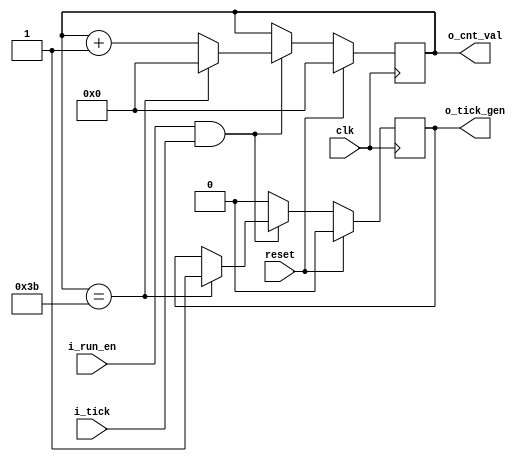
`timescale 1ns / 1ps
module tick_gen(
    clk,
    reset,
	i_run_en,
	i_tick,
    o_tick_gen,
    o_cnt_val
    );
parameter P_DELAY_OUT = 0; // (default) 60
parameter P_COUNT_BIT = 6; // (default) 6b = 2^6 
parameter P_INPUT_CNT = 60; // (default) 60

input 								clk;
input 								reset;
input 								i_run_en;
input 								i_tick;
output reg							o_tick_gen;
output [P_COUNT_BIT-1:0]			o_cnt_val;

reg [P_COUNT_BIT-1:0]		r_cnt_val;

	always @(posedge clk) begin
	    if(reset) begin
			r_cnt_val <= {P_COUNT_BIT{1'b0}};
			o_tick_gen <= 1'b0;
	    end else if (i_run_en & i_tick) begin
			if(r_cnt_val == P_INPUT_CNT -1) begin
				r_cnt_val <= 0;
				o_tick_gen <= 1'b1;
			end else begin
				r_cnt_val <= r_cnt_val + 1'b1;
			end
	    end else begin
			o_tick_gen <= 1'b0;
		end
	end

// General cycle delay logic
genvar gi;
generate
	if(P_DELAY_OUT == 0) begin // bypass
		assign o_cnt_val = r_cnt_val;
	end else if (P_DELAY_OUT == 1) begin // 1 cycle delay
		reg [P_COUNT_BIT-1:0]		r_cnt_val_d;
		always @(posedge clk) begin
			r_cnt_val_d <= r_cnt_val;
		end
		assign o_cnt_val = r_cnt_val_d;
	end else begin  // cycle > 1
		reg [P_COUNT_BIT-1:0]		r_cnt_val_d [P_DELAY_OUT-1:0];
		always @(posedge clk) begin
			r_cnt_val_d[0] <= r_cnt_val;
		end
		for(gi = 1; gi < P_DELAY_OUT; gi = gi + 1) begin : gen_delay
			always @(posedge clk) begin
				r_cnt_val_d[gi] <= r_cnt_val_d[gi-1];
			end
		end
		assign o_cnt_val = r_cnt_val_d[P_DELAY_OUT-1];
	end
endgenerate

endmodule